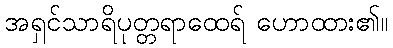
အရှင်သာရိပုတ္တရာထေရ် ဟောထား၏။